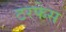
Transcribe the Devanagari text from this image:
टरफेस